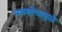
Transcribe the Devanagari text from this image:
नवशोधामुळे